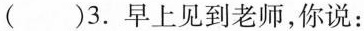
()3.早上见到老师,你说:：